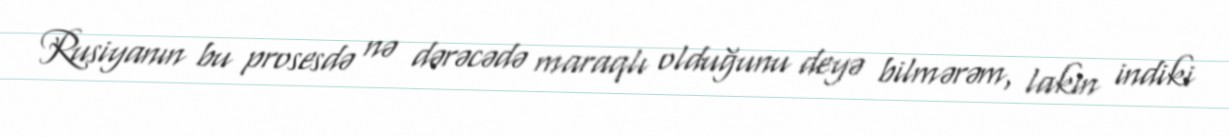
Rusiyanın bu prosesdə nə dərəcədə maraqlı olduğunu deyə bilmərəm, lakin indiki